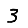
Digit: 3